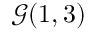
{ \mathcal { G } } ( 1 , 3 )